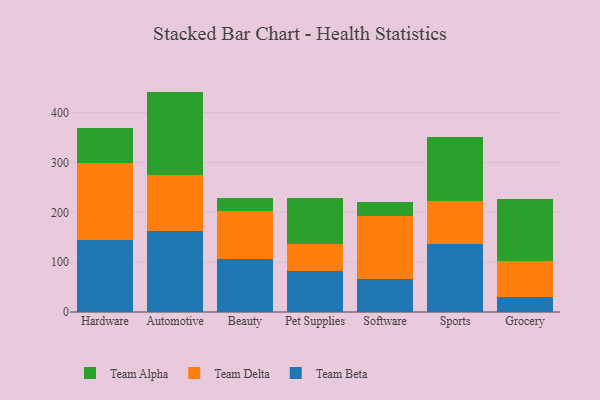
{"axis": {"x": "Category", "y": "Net Income (USD K)"}, "legend": ["Team Alpha", "Team Beta", "Team Delta"], "data": [{"x": "Hardware", "y": 143.7, "type": "Team Beta"}, {"x": "Hardware", "y": 155.0, "type": "Team Delta"}, {"x": "Hardware", "y": 71.2, "type": "Team Alpha"}, {"x": "Automotive", "y": 163.0, "type": "Team Beta"}, {"x": "Automotive", "y": 111.6, "type": "Team Delta"}, {"x": "Automotive", "y": 167.8, "type": "Team Alpha"}, {"x": "Beauty", "y": 105.9, "type": "Team Beta"}, {"x": "Beauty", "y": 97.0, "type": "Team Delta"}, {"x": "Beauty", "y": 25.7, "type": "Team Alpha"}, {"x": "Pet Supplies", "y": 82.9, "type": "Team Beta"}, {"x": "Pet Supplies", "y": 52.9, "type": "Team Delta"}, {"x": "Pet Supplies", "y": 93.9, "type": "Team Alpha"}, {"x": "Software", "y": 67.0, "type": "Team Beta"}, {"x": "Software", "y": 125.8, "type": "Team Delta"}, {"x": "Software", "y": 27.9, "type": "Team Alpha"}, {"x": "Sports", "y": 135.7, "type": "Team Beta"}, {"x": "Sports", "y": 86.7, "type": "Team Delta"}, {"x": "Sports", "y": 129.6, "type": "Team Alpha"}, {"x": "Grocery", "y": 29.4, "type": "Team Beta"}, {"x": "Grocery", "y": 73.1, "type": "Team Delta"}, {"x": "Grocery", "y": 124.5, "type": "Team Alpha"}]}